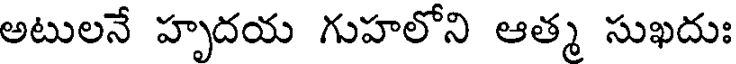
అటులనే హృదయ గుహలోని ఆత్మ సుఖదుః